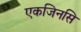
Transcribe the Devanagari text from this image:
एकजिनसि